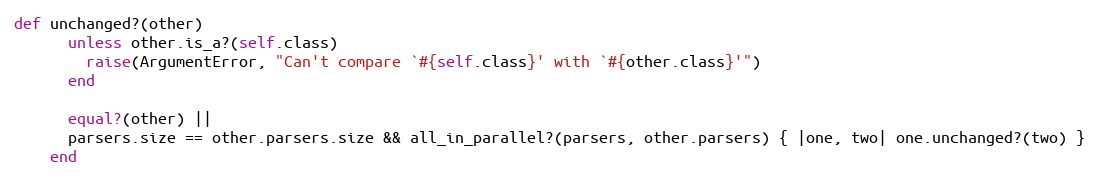
Language: Ruby
def unchanged?(other)
      unless other.is_a?(self.class)
        raise(ArgumentError, "Can't compare `#{self.class}' with `#{other.class}'")
      end

      equal?(other) ||
      parsers.size == other.parsers.size && all_in_parallel?(parsers, other.parsers) { |one, two| one.unchanged?(two) }
    end